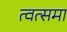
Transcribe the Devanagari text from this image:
त्वत्समा